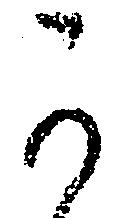
可